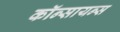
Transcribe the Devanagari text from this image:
कॉन्सायन्स